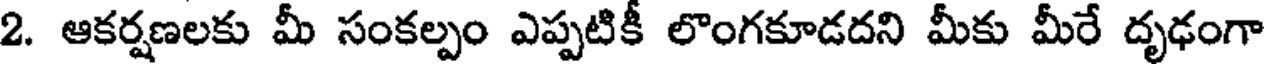
2. ఆకర్షణలకు మీ సంకల్పం ఎప్పటికీ లొంగకూడదని మీకు మీరే దృఢంగా